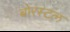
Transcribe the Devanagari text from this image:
बोरस्टल